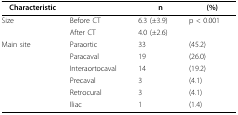
<table><thead><tr><td><b>Characteristic</b></td><td></td><td><b>n</b></td><td><b>(%)</b></td></tr></thead><tbody><tr><td>Size</td><td>Before CT</td><td>6.3 (±3.9)</td><td>p &lt; 0.001</td></tr><tr><td></td><td>After CT</td><td>4.0 (±2.6)</td><td></td></tr><tr><td>Main site</td><td>Paraortic</td><td>33</td><td>(45.2)</td></tr><tr><td></td><td>Paracaval</td><td>19</td><td>(26.0)</td></tr><tr><td></td><td>Interaortocaval</td><td>14</td><td>(19.2)</td></tr><tr><td></td><td>Precaval</td><td>3</td><td>(4.1)</td></tr><tr><td></td><td>Retrocural</td><td>3</td><td>(4.1)</td></tr><tr><td></td><td>Iliac</td><td>1</td><td>(1.4)</td></tr></tbody></table>